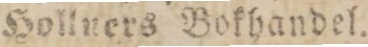
Hollners Bokhandel.